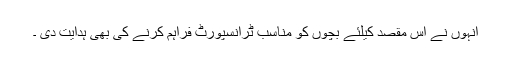
انہوں نے اس مقصد کیلئے بچوں کو مناسب ٹرانسپورٹ فراہم کرنے کی بھی ہدایت دی ۔